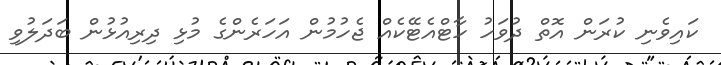
ކައިވެނި ކުރަން އޮތް ދުވަހު ހާޓްއެޓޭކެއް ޖެހުމުން އަހަރެންގެ މުޅި ދިރިއުޅުން ބަދަލުވި